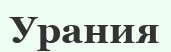
Урания